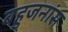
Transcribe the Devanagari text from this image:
बहुजनांस